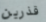
قذرين